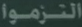
الترموموا